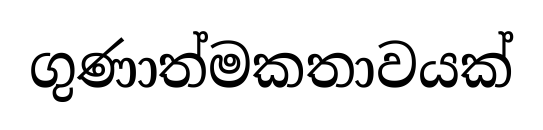
ගුණාත්මකතාවයක්